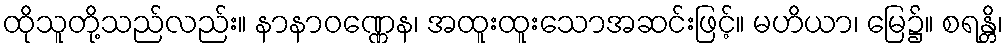
ထိုသူတို့သည်လည်း။ နာနာဝဏ္ဏေန၊ အထူးထူးသောအဆင်းဖြင့်။ မဟိယာ၊ မြေ၌။ စရန္တိ၊